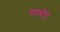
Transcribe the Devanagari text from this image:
पेगबोर्ड